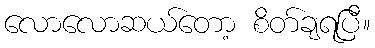
လောလောဆယ်တော့ စိတ်ချရပြီ။